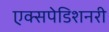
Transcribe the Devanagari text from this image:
एक्सपेडिशनरी